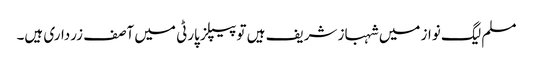
مسلم لیگ نواز میں شہباز شریف ہیں تو پیپلز پارٹی میں آصف زرداری ہیں۔